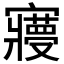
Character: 𡫺